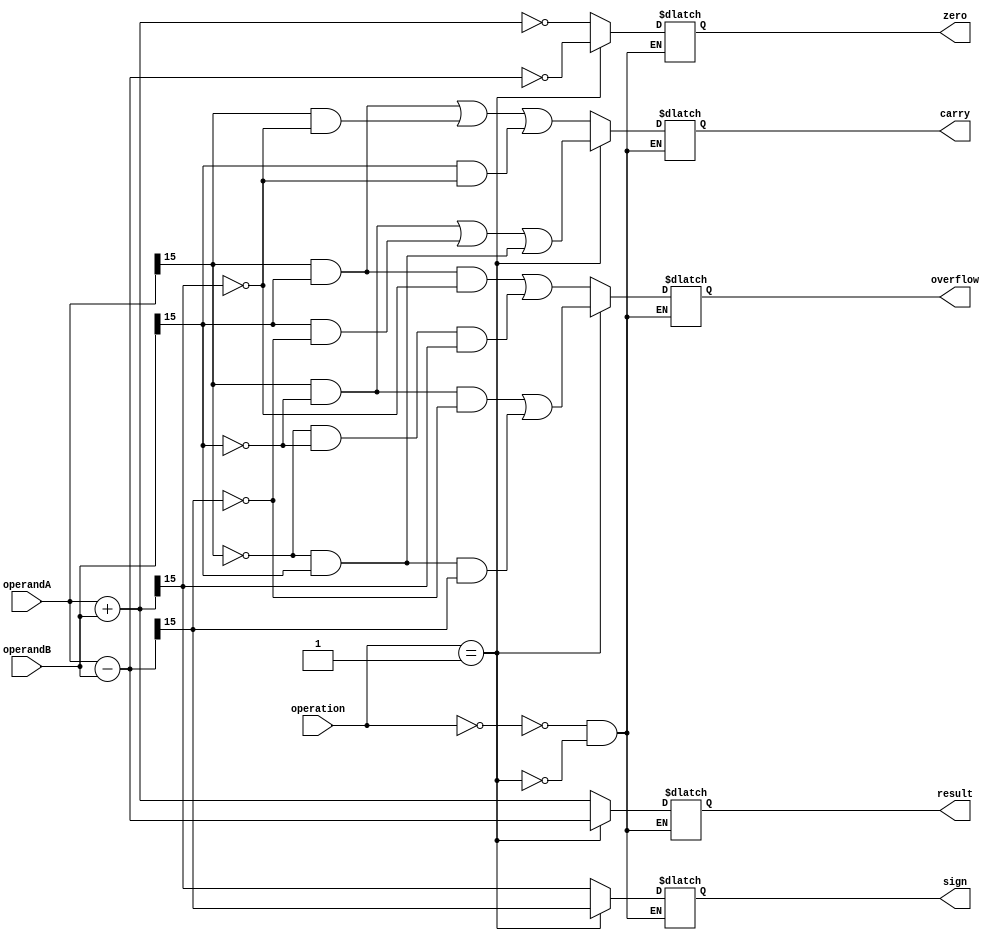
module ALU (
    input wire [15:0] operandA,
    input wire [15:0] operandB,
    input wire [2:0] operation,
    output wire [15:0] result,
    output wire overflow,
    output wire carry,
    output wire zero,
    output wire sign
);

reg [15:0] result;
reg overflow;
reg carry;
reg zero;
reg sign;

always @(*) begin
    case(operation)
        3'b000: begin // Addition
            result = operandA + operandB;
            overflow = (operandA[15] & operandB[15] & !result[15]) | (!operandA[15] & !operandB[15] & result[15]);
            carry = ((operandA[15] & operandB[15]) | (operandA[15] & !result[15]) | (operandB[15] & !result[15]));
            zero = (result == 16'b0);
            sign = result[15];
        end
        3'b001: begin // Subtraction
            result = operandA - operandB;
            overflow = (operandA[15] & !operandB[15] & !result[15]) | (!operandA[15] & operandB[15] & result[15]);
            carry = ((operandA[15] & !operandB[15]) | (operandB[15] & !result[15]) | (!operandA[15] & operandB[15]));
            zero = (result == 16'b0);
            sign = result[15];
        end
        // Include cases for multiplication, division, logical operations, and shift operations
        // ...        
    endcase
end

endmodule